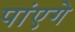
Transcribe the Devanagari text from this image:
पांएगे